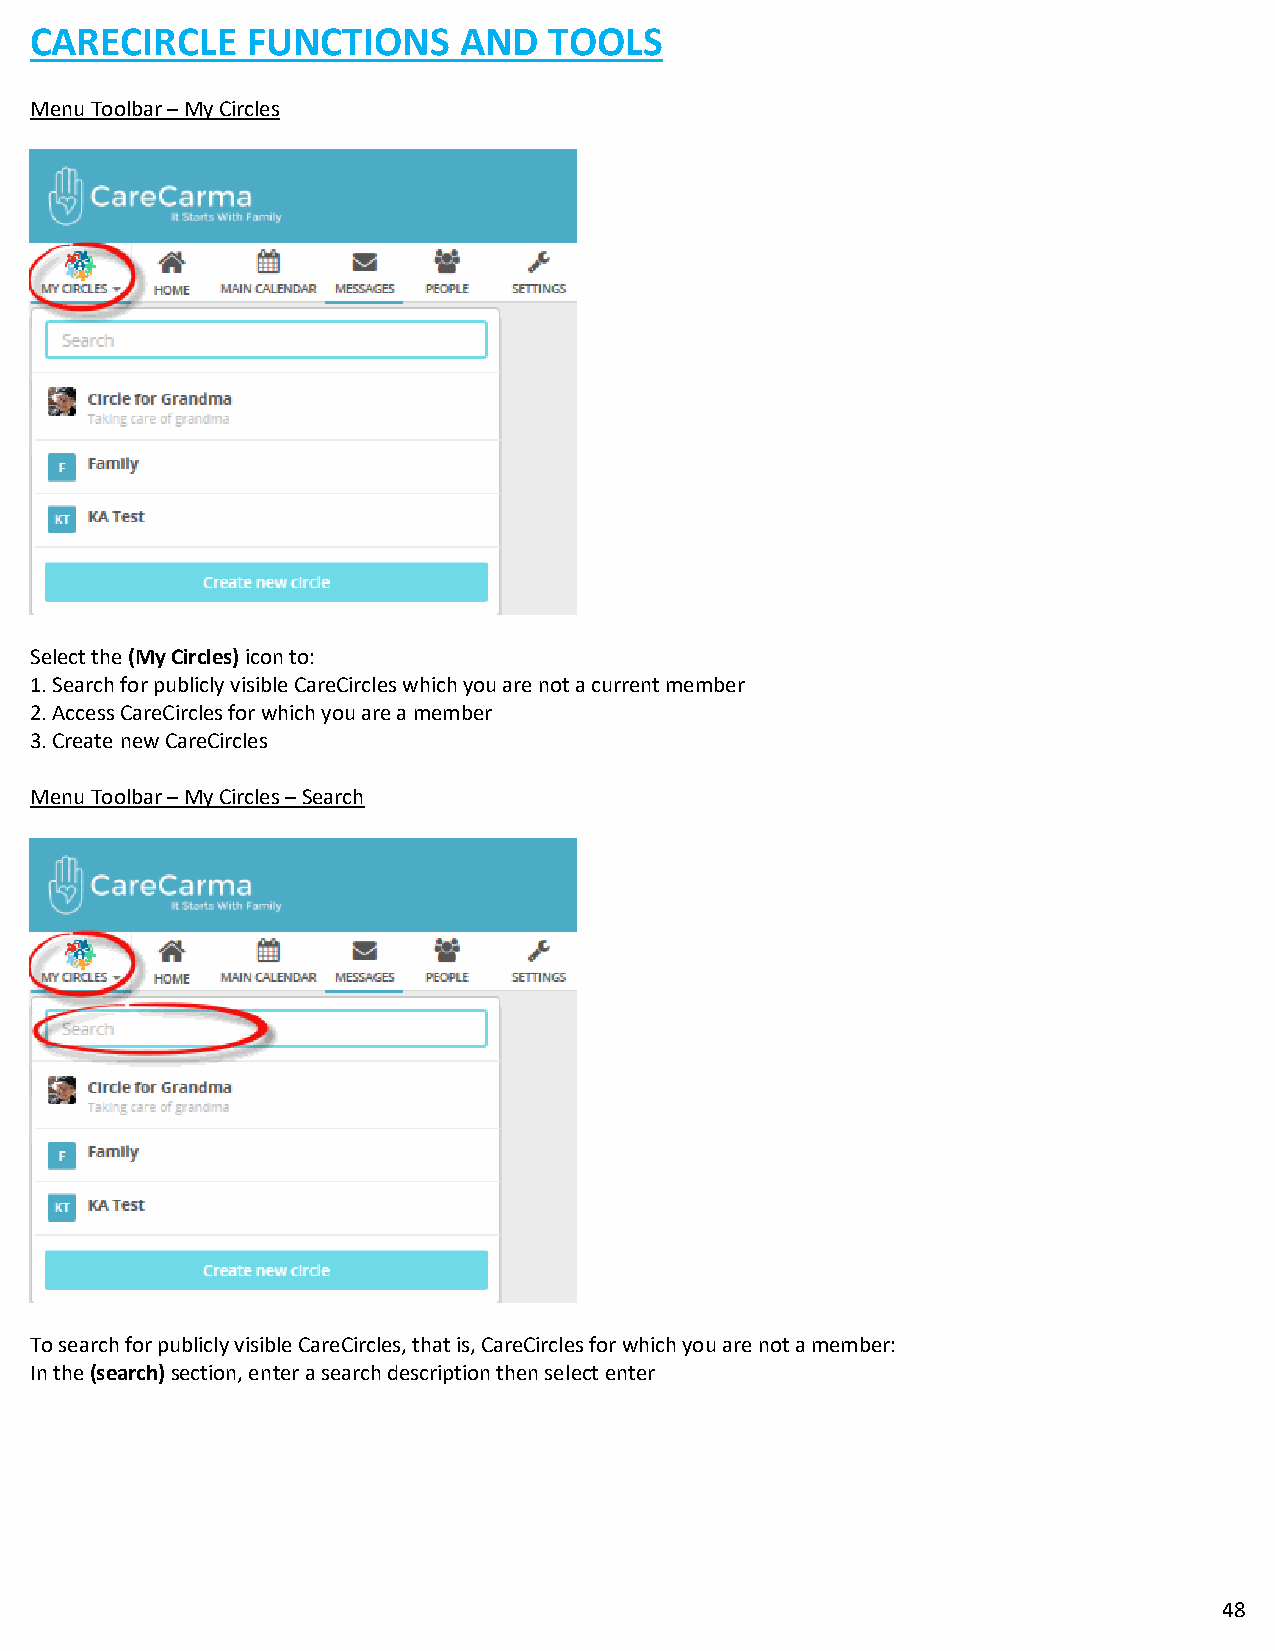
CARECIRCLE    FUNCTIONS     AND   TOOLS
 Menu Toolbar – My Circles
 Select the (My Circles) icon to:
 1. Search for publicly visible CareCircles which you are not a current member
 2. Access CareCircles for which you are a member
 3. Create new CareCircles
 Menu Toolbar – My Circles – Search
 To search for publicly visible CareCircles, that is, CareCircles for which you are not a member:
 In the (search) section, enter a search description then select enter
 48